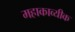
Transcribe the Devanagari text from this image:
महाकाव्यीक